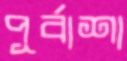
পূর্বাশা